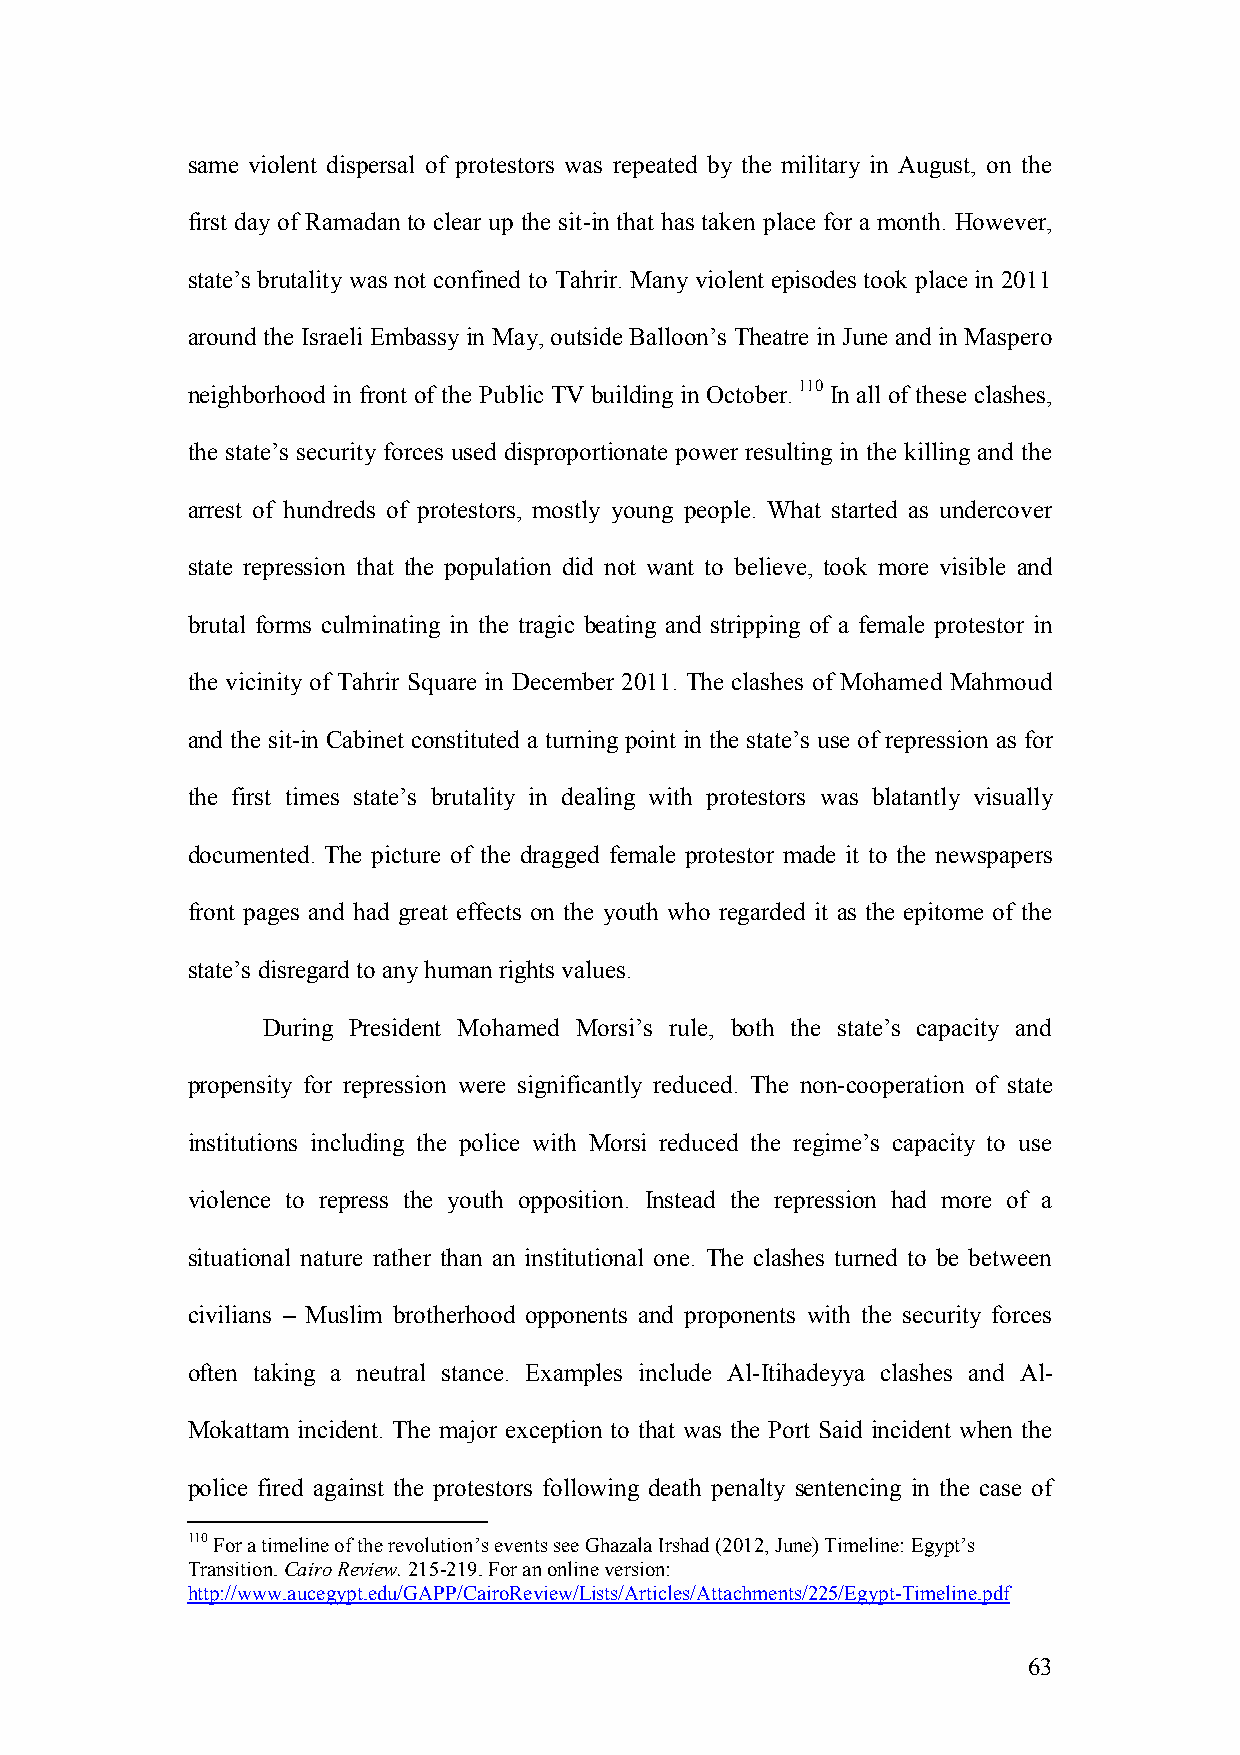
same violent dispersal of protestors was repeated by the military in August, on the
 first day of Ramadan to clear up the sit-in that has taken place for a month. However,
 state’s brutality was not confined to Tahrir. Many violent episodes took place in 2011
 around the Israeli Embassy in May, outside Balloon’s Theatre in June and in Maspero
 neighborhood in front of the Public TV building in October. 110 In all of these clashes,
 the state’s security forces used disproportionate power resulting in the killing and the
 arrest of hundreds of protestors, mostly young people. What started as undercover
 state repression that the population did not want to believe, took more visible and
 brutal forms culminating in the tragic beating and stripping of a female protestor in
 the vicinity of Tahrir Square in December 2011. The clashes of Mohamed Mahmoud
 and the sit-in Cabinet constituted a turning point in the state’s use of repression as for
 the first times state’s brutality in dealing with protestors was blatantly visually
 documented. The picture of the dragged female protestor made it to the newspapers
 front pages and had great effects on the youth who regarded it as the epitome of the
 state’s disregard to any human rights values.
 During President Mohamed Morsi’s rule, both the state’s capacity and
 propensity for repression were significantly reduced. The non-cooperation of state
 institutions including the police with Morsi reduced the regime’s capacity to use
 violence to repress the youth opposition. Instead the repression had more of a
 situational nature rather than an institutional one. The clashes turned to be between
 civilians – Muslim brotherhood opponents and proponents with the security forces
 often taking a neutral stance. Examples include Al-Itihadeyya clashes and Al-
 Mokattam incident. The major exception to that was the Port Said incident when the
 police fired against the protestors following death penalty sentencing in the case of
 110 For a timeline of the revolution’s events see Ghazala Irshad (2012, June) Timeline: Egypt’s
 Transition. Cairo Review. 215-219. For an online version:
 http://www.aucegypt.edu/GAPP/CairoReview/Lists/Articles/Attachments/225/Egypt-Timeline.pdf
 63